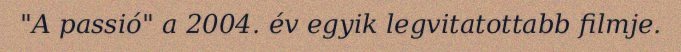
"A passió" a 2004. év egyik legvitatottabb filmje.